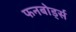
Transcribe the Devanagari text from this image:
फनबोर्ड्स